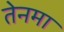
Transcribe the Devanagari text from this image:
तेनमा